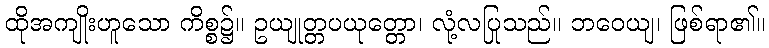
ထိုအကျိုးဟူသော ကိစ္စ၌။ ဥယျုတ္တပယုတ္တော၊ လုံ့လပြုသည်။ ဘဝေယျ၊ ဖြစ်ရာ၏။